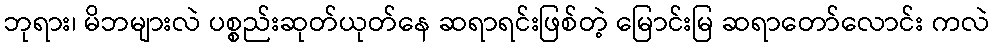
ဘုရား၊ မိဘများလဲ ပစ္စည်းဆုတ်ယုတ်နေ ဆရာရင်းဖြစ်တဲ့ မြောင်းမြ ဆရာတော်လောင်း ကလဲ